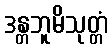
ဒန္တဘူမိသုတ္တံ